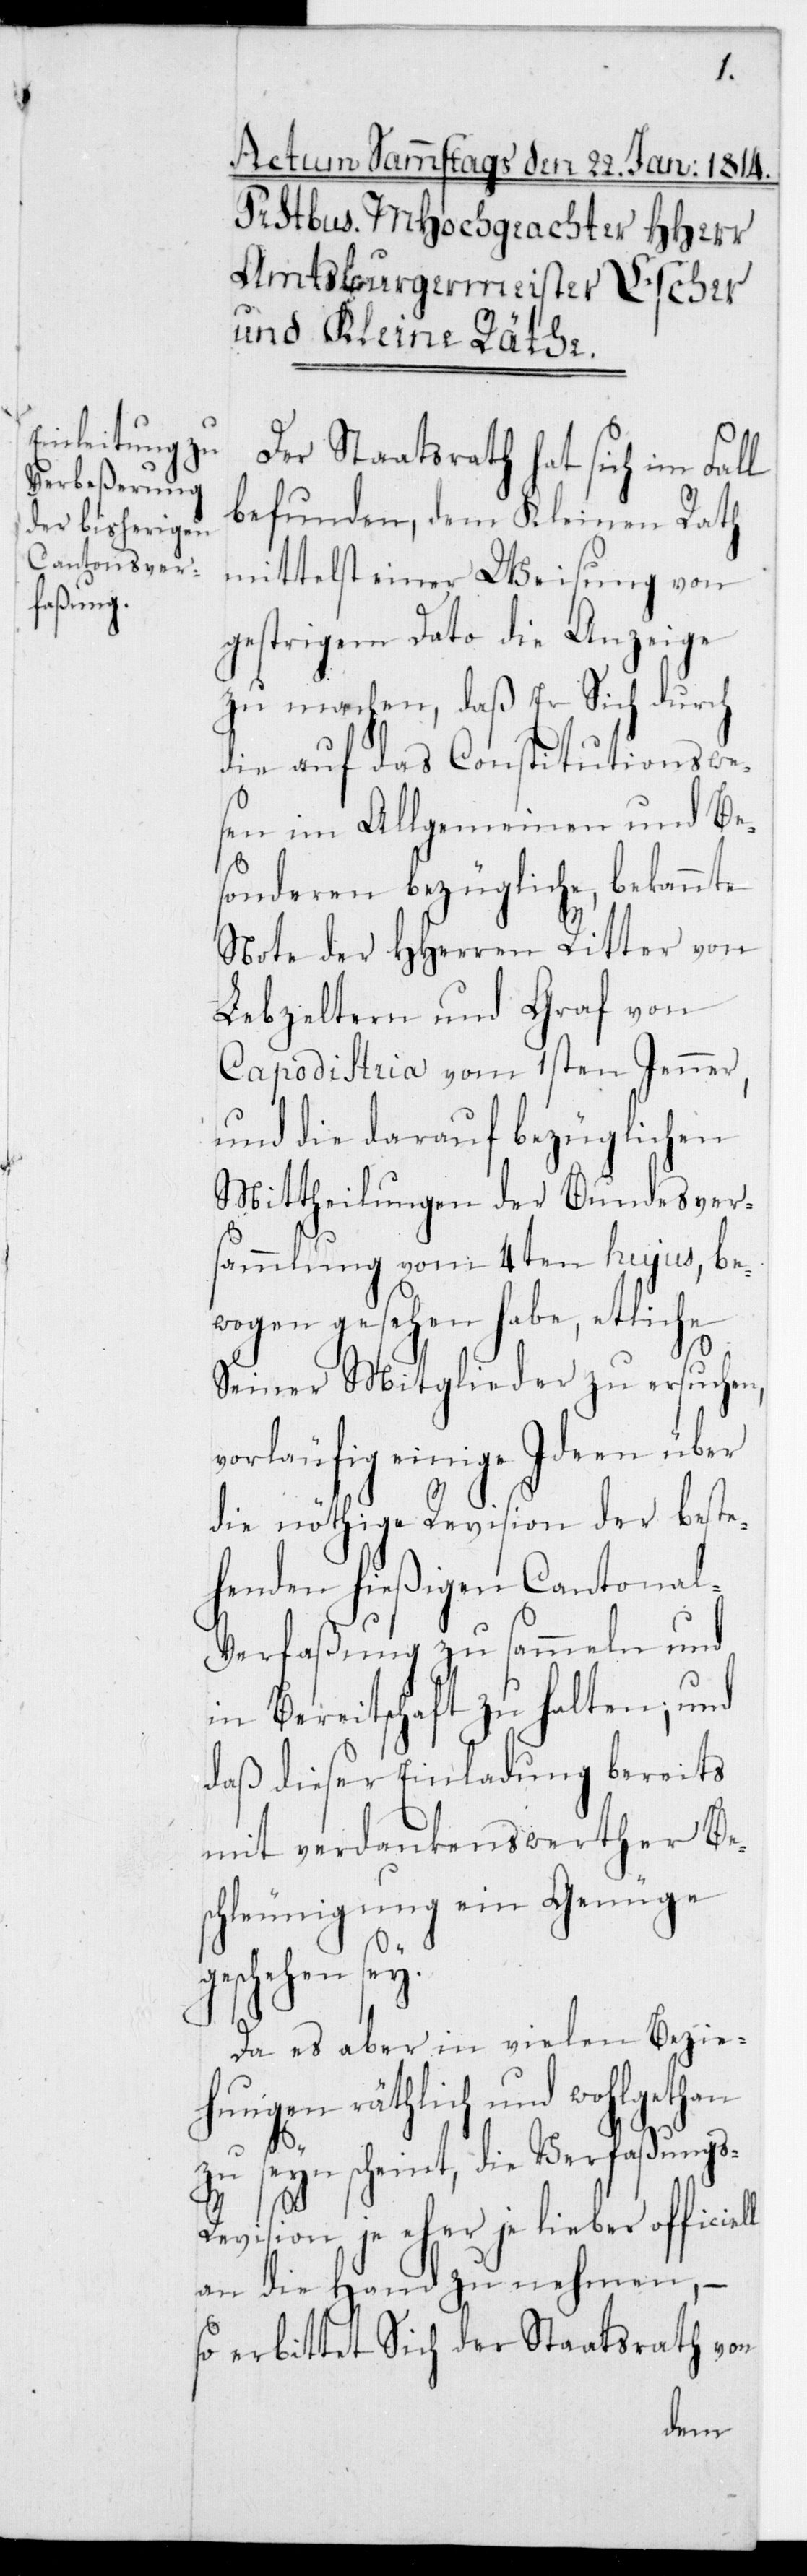
Der Staatsrath hat sich im Fall
befunden, dem Kleinen Rath
mittelst einer Weisung von
gestrigem Dato die Anzeige
zu machen, daß Er Sich durch
die auf das Constitutionswe¬
sen im Allgemeinen und Be¬
sonderen bezügliche bekannte
Note der HHerren Ritter von
Lebzeltern und Graf von
Capodistria vom 1sten Jenner,
und die darauf bezüglichen
Mittheilungen der Bundesver¬
sammlung vom 4ten hujus, be¬
wogen gesehen habe, etliche
ll
Seiner Mitglieder zu ersuchen,
vorläufig einige Ideen über
die nöthige Revision der beste¬
henden hießigen Cantonal-V¬
erfaßung zu sammeln und
in Bereitschaft zu halten; und
daß dieser Einladung bereits
mit verdankenswerther Besc¬
hleunigung ein Genüge
geschehen sei.
Da es aber in vielen Bezie¬
hungen räthlich und wohlgethan
zu seyn scheint, die Verfaßung¬
evision je eher je lieber officie¬
an die Hand zu nehmen, –
so erbittet Sich der Staatsrath von